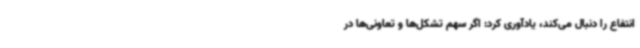
انتفاع را دنبال می‌کند، یادآوری کرد: اگر سهم تشکل‌ها و تعاونی‌ها در